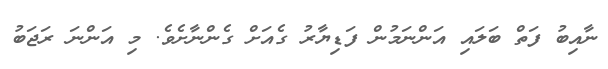
ނާއިބު ފަތް ބަލައި އަންނަމުން ފަޑިޔާރު ގެއަށް ގެންނާށެވެ. މި އަންނަ ރަޖަބު